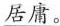
\underline{居庸。}